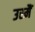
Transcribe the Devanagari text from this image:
उस्मैं